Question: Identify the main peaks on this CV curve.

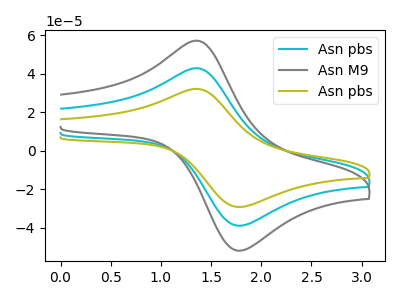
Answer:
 <answer>The cyan curve "Asn pbs" has an anodic peak at (1.35V, 42.85uA) and a cathodic peak at (1.80V, -38.65uA). The gray curve "Asn M9" has an anodic peak at (1.35V, 85.75uA) and a cathodic peak at (1.80V, -77.25uA). The olive curve "Asn pbs" has an anodic peak at (1.35V, 32.15uA) and a cathodic peak at (1.80V, -29.00uA).</answer>
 <eval></eval>